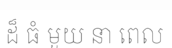
ដ៏ ធំ មួយ នា ពេល